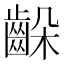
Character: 𪘉